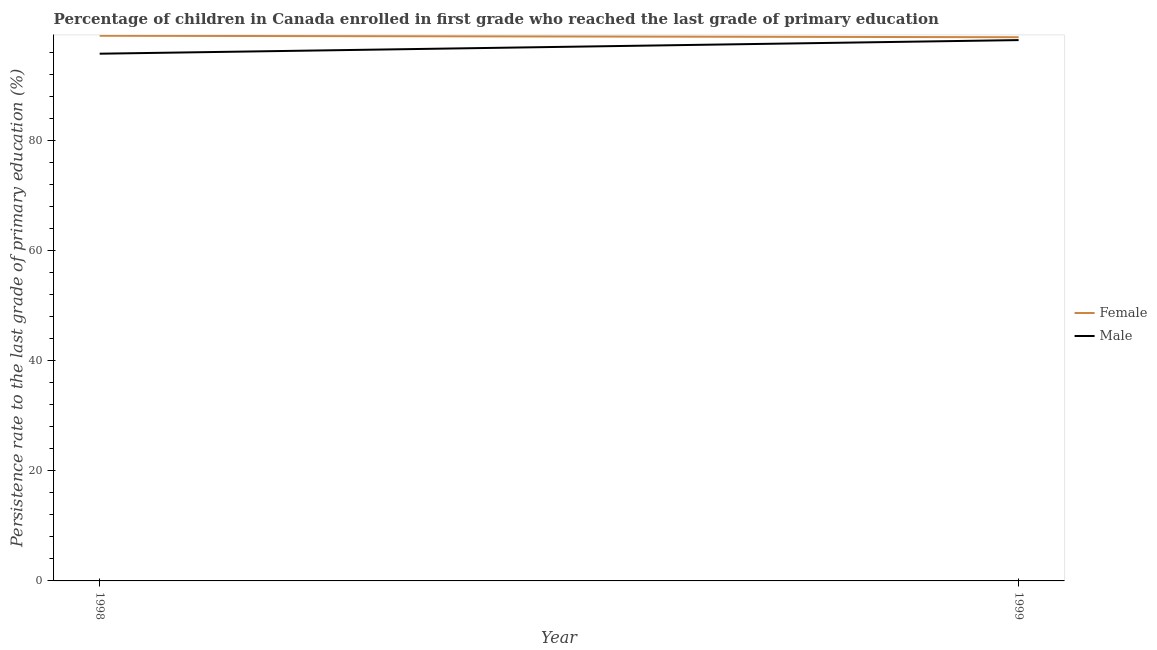
| Year | Female | Male |
 | --- | --- | --- |
 | 1998 | 99.1 | 95.9 |
 | 1999 | 98.9 | 98.3 |